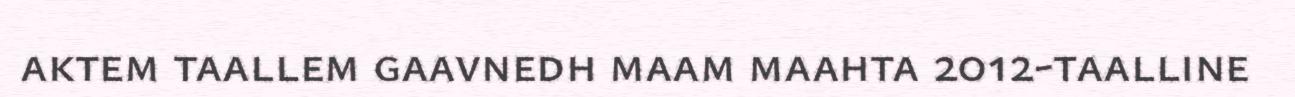
aktem taallem gaavnedh maam maahta 2012-taalline